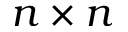
n \times n